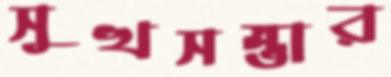
সুখসম্ভার